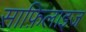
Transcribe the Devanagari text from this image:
साफ़िलाइज